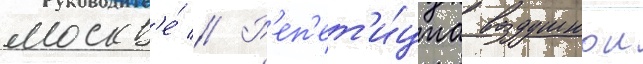
москв'е́ // Р'еп'ет'и́циа воздушнои